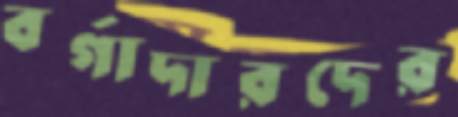
বর্গাদারদের